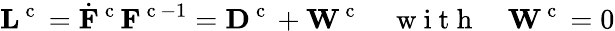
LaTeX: {\mathbf L}^{\mathrm{~c~}}=\dot{{\mathbf F}}^{\mathrm{~c~}}{\mathbf F}^{\mathrm{~c~}-1}={\mathbf D}^{\mathrm{~c~}}+{\mathbf W}^{\mathrm{~c~}}\quad\mathrm{~w~i~t~h~}\quad{\mathbf W}^{\mathrm{~c~}}=0